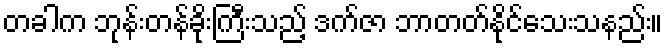
တခါက ဘုန်းတန်ခိုးကြီးသည့် ဒက်ဇာ ဘာတတ်နိုင်သေးသနည်း။